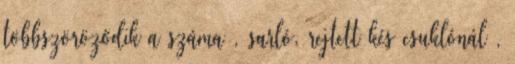
többszöröződik a száma , sarló, rejtett kés csuklónál ,